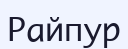
Райпур